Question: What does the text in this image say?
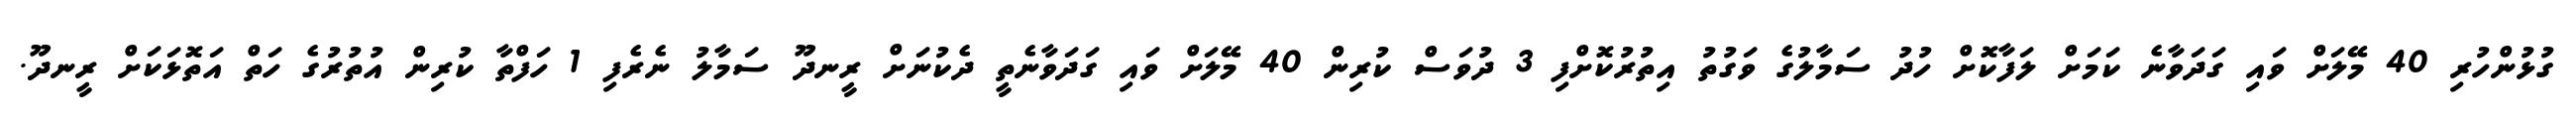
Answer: ގުޅުންހުރި 40 މޭލަށް ވައި ގަދަވާނެ ކަމަށް ލަފާކޮށް ހުދު ސަމާލުގެ ވަގުތު އިތުރުކޮށްފި 3 ދުވަސް ކުރިން 40 މޭލަށް ވައި ގަދަވާނެތީ ދެކުނަށް ރީނދޫ ސަމާލު ނެރެފި 1 ހަފްތާ ކުރިން އުތުރުގެ ހަތް އަތޮޅަކަށް ރީނދޫ.